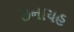
ઇનાયહ